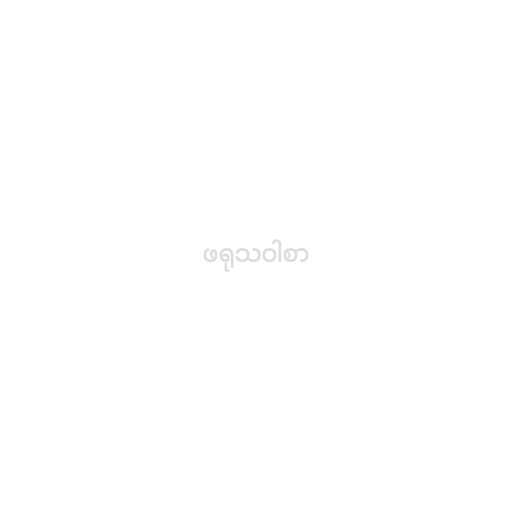
ဖရုသဝါစာ